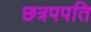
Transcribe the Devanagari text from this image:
छत्रपपति